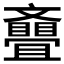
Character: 𣁪